Vaccination in Burma 1920-1933 - 1920-1933
Year: 1920
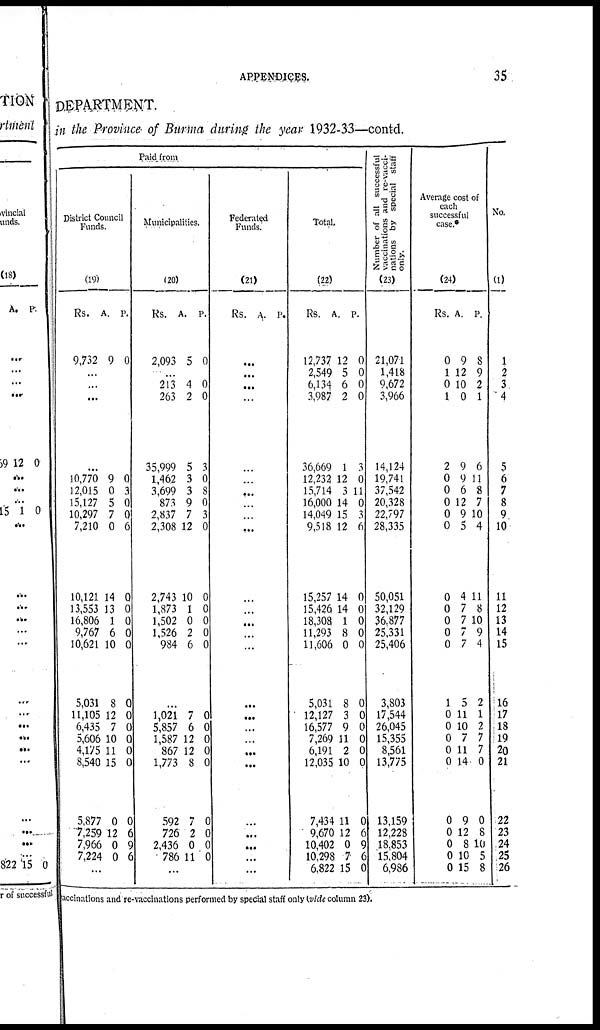
APPENDICES.
35
DEPARTMENT.
in the Province of Burma during the year 1932-33—contd.
Paid from
District Council
Funds.
(19)
Rs.
9,732
A.
9
P.
0
...
...
...
...
10,770
12,015
15,127
10,297
7,210
10,121
13,553
16,806
9,767
10,621
5,031
11,105
6,435
5,606
4,175
8,540
5,877
7,259
7,966
7,224
9
0
5
7
0
14
13
1
6
10
8
12
7
10
11
15
0
12
0
0
0
3
0
0
6
0
0
0
0
0
0
0
0
0
0
0
0
6
9
6
...
Municipalities.
(20)
Rs.
2,093
A.
5
P.
0
...
213
263
35,999
1,462
3,699
873
2,837
2,308
2,743
1,873
1,502
1,526
984
4
2
5
3
3
9
7
12
10
1
0
2
6
0
0
3
0
8
0
3
0
0
0
0
0
0
...
1,021
5,857
1,587
867
1,773
592
726
2,436
786
7
6
12
12
8
7
2
0
11
0
0
0
0
0
0
0
0
0
...
Federated
Funds.
(21)
Rs. A. P.
...
...
...
...
...
...
...
...
...
...
...
...
...
...
...
...
...
...
...
...
...
...
...
...
...
...
Total.
(22)
Rs.
12,737
2,549
6,134
3,987
36,669
12,232
15,714
16,000
14,049
9,518
15,257
15,426
18,308
11,293
11,606
5,031
12,127
16,577
7,269
6,191
12,035
7,434
9,670
10,402
10,298
6,822
A.
12
5
6
2
1
12
3
14
15
12
14
14
1
8
0
8
3
9
11
2
10
11
12
0
7
15
P.
0
0
0
0
3
0
11
0
3
6
0
0
0
0
0
0
0
0
0
0
0
0
6
9
6
0
Number of all successful
vaccinations and re-vacci-
nations by special staff
only.
(23)
21,071
1,418
9,672
3,966
14,124
19,741
37,542
20,328
22,797
28,335
50,051
32,129
36,877
25,331
25,406
3,803
17,544
26,045
15,355
8,561
13,775
13,159
12,228
18,853
15,804
6,986
Average cost of
each
successful
case.*
(24)
Rs.
0
1
0
1
2
0
0
0
0
0
0
0
0
0
0
1
0
0
0
0
0
0
0
0
0
0
A.
9
12
10
0
9
9
6
12
9
5
4
7
7
7
7
5
11
10
7
11
14
9
12
8
10
15
P.
8
9
2
1
6
11
8
7
10
4
11
8
10
9
4
2
1
2
7
7
0
0
8
10
5
8
No.
(1)
1
2
3
4
5
6
7
8
9
10
11
12
13
14
15
16
17
18
19
20
21
22
23
24
25
26
vaccinations and re-vaccinations performed by special staff only (vide column 23).